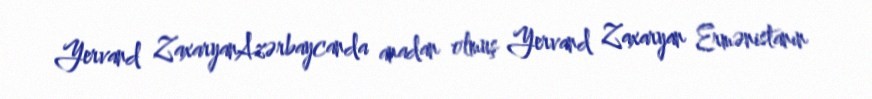
Yervand ZaxaryanAzərbaycanda anadan olmuş Yervand Zaxaryan Ermənistanın